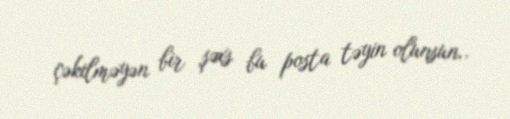
çəkilməyən bir şəxs bu posta təyin olunsun..